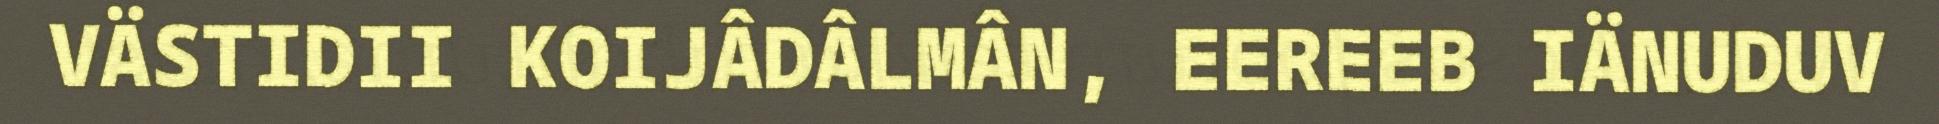
VÄSTIDII KOIJÂDÂLMÂN, EEREEB IÄNUDUV